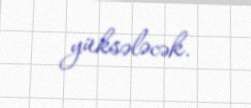
yüksələcək.